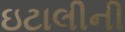
ઇટાલીની